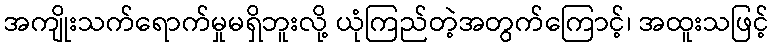
အကျိုးသက်ရောက်မှုမရှိဘူးလို့ ယုံကြည်တဲ့အတွက်ကြောင့်၊ အထူးသဖြင့်